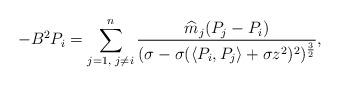
LaTeX: \begin{align*} -B^{2}P_{i}=\sum\limits_{j=1,\textrm{ }j\neq i}^{n}\frac{\widehat{m}_{j}(P_{j}-P_{i})}{(\sigma -\sigma(\langle P_{i},P_{j}\rangle+\sigma z^{2})^{2})^{\frac{3}{2}}}, \end{align*}